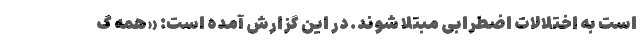
است به اختلالات اضطرابی مبتلا شوند. در این گزارش آمده است: «همه گ